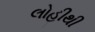
લોહીથી